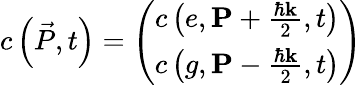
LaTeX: c\left(\vec{P},t\right)=\left(\begin{array}{c}{c\left(e,\mathbf{P}+\frac{\hbar\mathbf{k}}{2},t\right)}\\ {c\left(g,\mathbf{P}-\frac{\hbar\mathbf{k}}{2},t\right)}\end{array}\right)